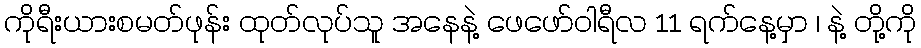
ကိုရီးယားစမတ်ဖုန်း ထုတ်လုပ်သူ အနေနဲ့ ဖေဖော်ဝါရီလ 11 ရက်နေ့မှာ ၊ နဲ့ တို့ကို